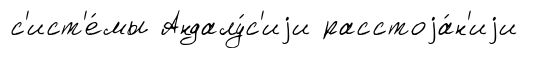
с'ист'е́мы Андалу́с'иjи расстоjа́н'иjи